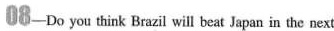
O8-Do you think Brazil will beat Japan in the next